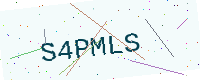
Text: S4PMLS